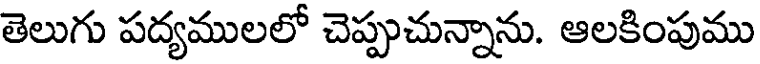
తెలుగు పద్యములలో చెప్పుచున్నాను. ఆలకింపుము